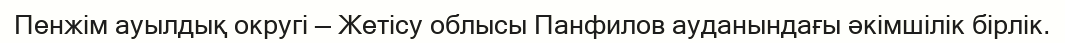
Пенжім ауылдық округі — Жетісу облысы Панфилов ауданындағы әкімшілік бірлік.